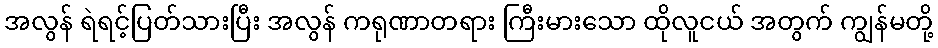
အလွန် ရဲရင့်ပြတ်သားပြီး အလွန် ကရုဏာတရား ကြီးမားသော ထိုလူငယ် အတွက် ကျွန်မတို့